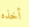
أخذه